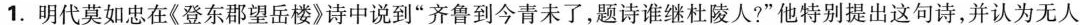
1.明代莫如忠在《登东郡望岳楼》诗中说到”齐鲁到今青未了，题诗谁继杜陵人?”他特别提出这句诗，并认为无人